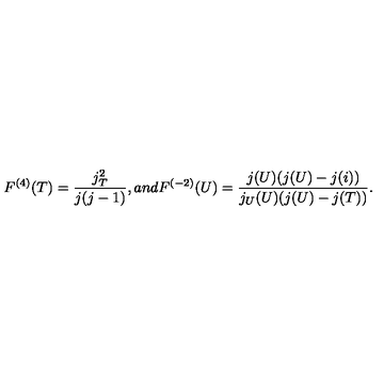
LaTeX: F ^ { ( 4 ) } ( T ) = \frac { j _ { T } ^ { 2 } } { j ( j - 1 ) } , a n d F ^ { ( - 2 ) } ( U ) = \frac { j ( U ) ( j ( U ) - j ( i ) ) } { j _ { U } ( U ) ( j ( U ) - j ( T ) ) } .